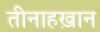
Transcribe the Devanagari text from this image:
तीनाहख़ान